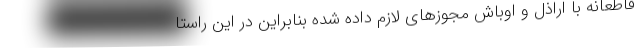
قاطعانه با اراذل و اوباش مجوزهای لازم داده شده بنابراین در این راستا